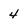
Character: 4